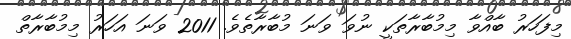
މިފަހަރު ބާއްވާ މިމުބާރާތަކީ ނުވަ ވަނަ މުބާރާތެވެ. 2011 ވަނަ އަހަރު މިމުބާރާތް